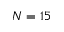
N = 1 5